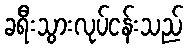
ခရီးသွားလုပ်ငန်းသည်